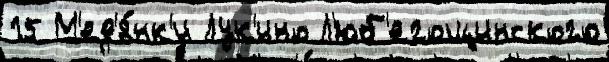
15 М'ед'я́нк'и Лук'ино Л'юб'егощинского